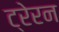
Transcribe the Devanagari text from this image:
ट्रेरन